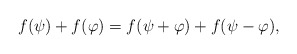
\begin{align*}f(\psi)+f(\varphi)=f(\psi+\varphi)+f(\psi-\varphi),\end{align*}